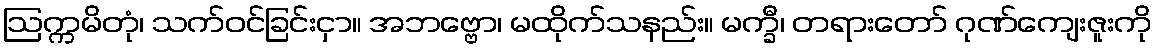
ဩက္ကမိတုံ၊ သက်ဝင်ခြင်းငှာ။ အဘဗ္ဗော၊ မထိုက်သနည်း။ မက္ခီ၊ တရားတော် ဂုဏ်ကျေးဇူးကို